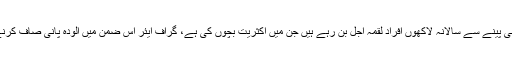
ہین سیو نے بتایا کہ دنیا بھر میں آلودہ پانی پینے سے سالانہ لاکھوں افراد لقمہ اجل بن رہے ہیں جن میں اکثریت بچوں کی ہے، گراف ایئر اس ضمن میں آلودہ پانی صاف کرنے والا ایک بہترین فلٹر ثابت ہوسکتا ہے۔